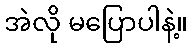
အဲလို မပြောပါနဲ့။